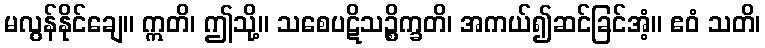
မလွန်နိုင်ချေ။ ဣတိ၊ ဤသို့။ သစေပဋိသဉ္စိက္ခတိ၊ အကယ်၍ဆင်ခြင်အံ့။ ဧဝံ သတိ၊